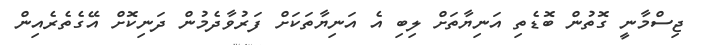
ޖިސްމާނީ ގޮތުން ބޮޑެތި އަނިޔާތަށް ލިބި އެ އަނިޔާތަކަށް ފަރުވާދެމުން ދަނިކޮށް އޭގެތެރެއިން